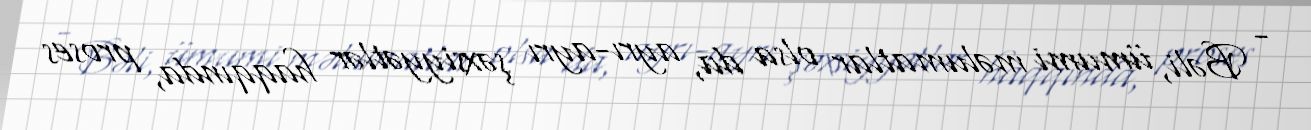
- Bəli, ümumi məlumatlar olsa da, ayrı-ayrı şəxsiyyətlər haqqında, proses